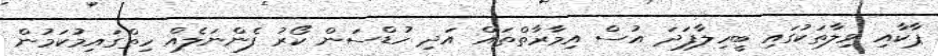
ޕާކާއި ވިލާތަކުގައި ބީހިލާފަދަ އުސް އިމާރާތްތައް އަދި ހުޑްސަން ކޯރު ފެންނަލެއް ހިތްގައިމުކަމުން